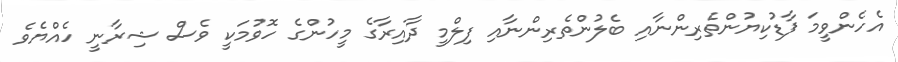
އެހެންވީމަ ފާޑުކިޔުންތެރިންނާއި ބެލުންތެރިންނާއި ފިލްމީ ދާއިރާގެ މީހުންގެ ހޮވުމަކީ ވެސް ޝިރާނީ ހެއްޔެވެ